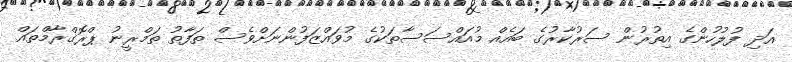
އަދި ފުލުހުންގެ އިތުރުން ސަރުކާރުގެ ބައެއް މުއައްސަސާތަކުގެ މުވައްޒަފުންނަށްވެސް ތަފާތު ތަމްރީނު ޕްރޮގްރާމްތައް